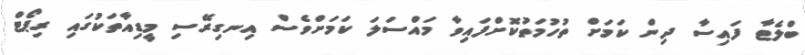
ބްލެޓާ ފައިސާ ދިން ކަމަށް ތުހުމަތުކޮށްފައިވާ މައްސަލަ ކަމަށްވެސް އިނގިރޭސި މީޑިއާތަކުގައި ރިޕޯޓް